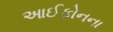
આઈફોનના